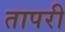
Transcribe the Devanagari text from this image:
तापरी